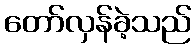
တော်လှန်ခဲ့သည်